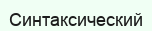
Синтаксический